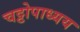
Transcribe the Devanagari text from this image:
चट्टोपाध्यय